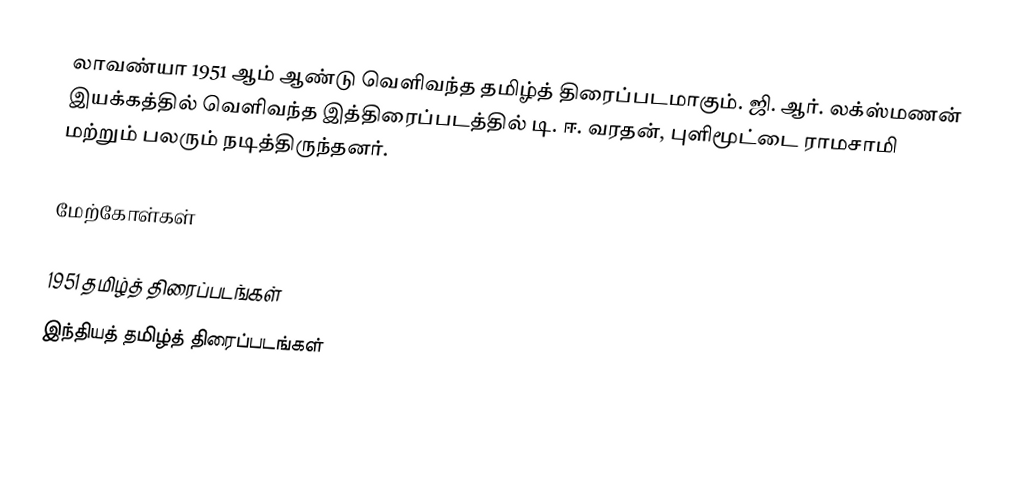
லாவண்யா 1951 ஆம் ஆண்டு வெளிவந்த தமிழ்த் திரைப்படமாகும். ஜி. ஆர். லக்ஸ்மணன் இயக்கத்தில் வெளிவந்த இத்திரைப்படத்தில் டி. ஈ. வரதன், புளிமூட்டை ராமசாமி மற்றும் பலரும் நடித்திருந்தனர்.

மேற்கோள்கள்

1951 தமிழ்த் திரைப்படங்கள்
இந்தியத் தமிழ்த் திரைப்படங்கள்